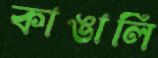
কাঙালি